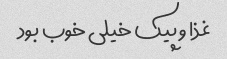
غذا و پیک خیلی خوب بود